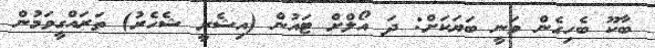
ބާކޫ ބެހިގެން ވަނީ ބަޔަކަށް: ދަ އޯލްށް ޓައުން (އިޝެރީ ޝެހެރު) ތަރައްގީވަމުން